Dysentery and liver abscess in Bombay - Number 47
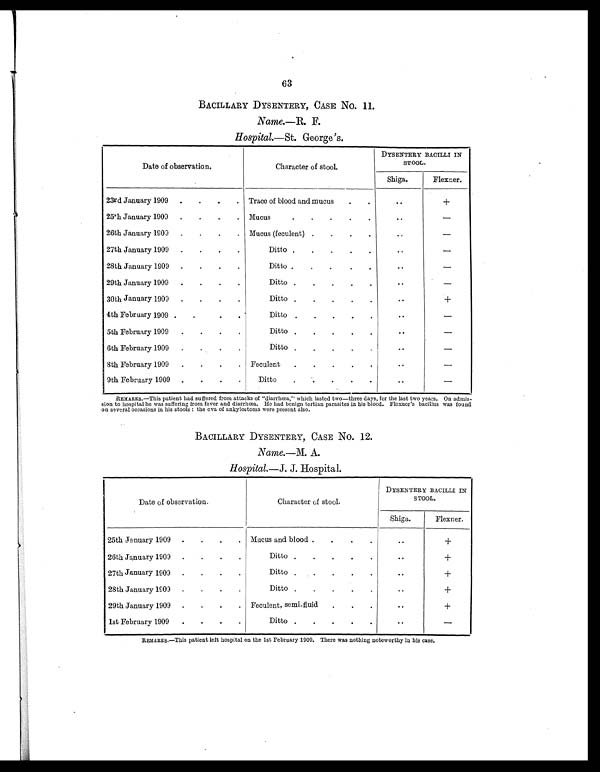
63
BACILLARY DYSENTERY, CASE NO. 11.
Name.—R. F.
Hospital.—St. George's.
Date of observation.
Character of stool.
DYSENTERY BACILLI IN
STOOL.
Shiga.
Flexner.
23rd January 1909
.
.
.
. Trace of blood and mucus
.
.
..
+
254th January 1909 .
.
.
.
Mucus
.
.
.
.
.
. .
—
26th January 1909 .
.
.
. Mucus (feculent) .
.
.
.
..
—
27th January 1909
.
.
.
.
Ditto .
.
.
.
..
—
28th January 1909
.
.
.
.
Ditto .
.
.
.
.
..
—
29th January 1909
.
.
.
.
Ditto .
.
.
.
.
. .
—
30th January 1909
.
.
.
.
Ditto .
.
.
.
..
+
4th February 1909 .
.
.
.
Ditto .
.
.
.
.
. .
—
5th February 1909
.
.
.
.
Ditto .
.
.
.
.
..
—
6th February 1909
.
.
.
.
Ditto .
.
.
.
.
. .
—
8th February 1909
.
.
.
. Feculent
.
.
.
.
.
. .
—
9th February 1909
.
.
.
.
Ditto
.
.
.
.
.
..
—
REMARKS.—This patient had suffered from attacks of "diarrhœa," which lasted two—three days, for the last two years. On admis-
sion to hospital he was suffering from fever and diarrhœa. He had benign tertian parasites in his blood. Flexner's bacillus was found
on several occasions in his stools : the ova of ankylostoma were present also.
BACILLARY DYSENTERY, CASE NO. 12.
Name. —M. A.
Hospital. —J. J. Hospital.
Date of observation.
Character of stool.
DYSENTERY BACILLI IN
STOOL.
Shiga.
Flexner.
25th January 1909
.
.
.
. Mucus and blood .
.
.
.
. . +
26th January 1909
.
.
.
.
Ditto .
.
.
.
.
..
+
27th January 1909 .
.
.
.
Ditto .
.
.
.
.
..
+
28th January 1909 .
.
.
.
Ditto .
.
.
.
.
. .
+
29th January 1909
.
.
.
. Feculent, semi- fluid
.
.
.
..
+
1st February 1909
. .
.
.
Ditto .
.
.
.
.
..
—
REMARKS.—This patient left hospital on the 1st February 1909. There was nothing noteworthy in his case.